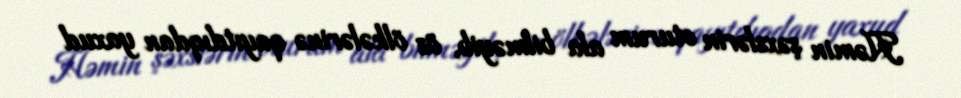
Həmin şəxslərin oturum ala bilməyib, öz ölkələrinə qayıtdıqdan yaxud